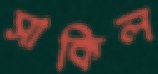
সাকিল